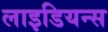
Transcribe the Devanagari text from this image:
लाइडियन्स